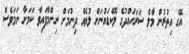
އޭގެ އިތުރުން މާލެ ސަރަހައްދުގެ ލޮކްޑައުނަށް ލުޔެއް ދިނުމަށް ނިންމާފައިވާ ކަމަށާ ނަމަވެސް